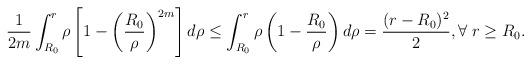
LaTeX: \begin{align*}\frac{1}{2m}\int_{R_0}^r\rho\left[1-\left(\frac{R_0}{\rho}\right)^{2m}\right] d\rho \leq\int_{R_0}^r \rho\left(1-\frac{R_0}{\rho}\right) d\rho = \frac{(r-R_0)^2}{2}, \forall\; r \geq R_0.\end{align*}